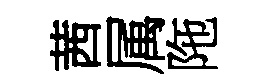
茜属陁